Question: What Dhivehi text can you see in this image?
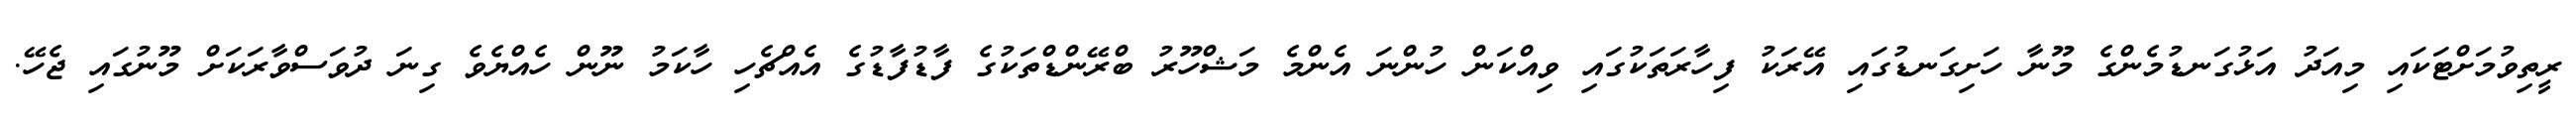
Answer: ރީތިވުމަށްޓަކައި މިއަދު އަޅުގަނޑުމެންގެ މޫނާ ހަށިގަނޑުގައި އޭރަކު ފިހާރަތަކުގައި ވިއްކަން ހުންނަ އެންމެ މަޝްހޫރު ބްރޭންޑްތަކުގެ ފާޑުފާޑުގެ އެއްޗެހި ހާކަމު ނޫން ހެއްޔެވެ ގިނަ ދުވަސްވާރަކަށް މޫނުގައި ޖެހޭ.